Vaccination in Bombay 1856-1862 - 1856-1862
Year: 1856
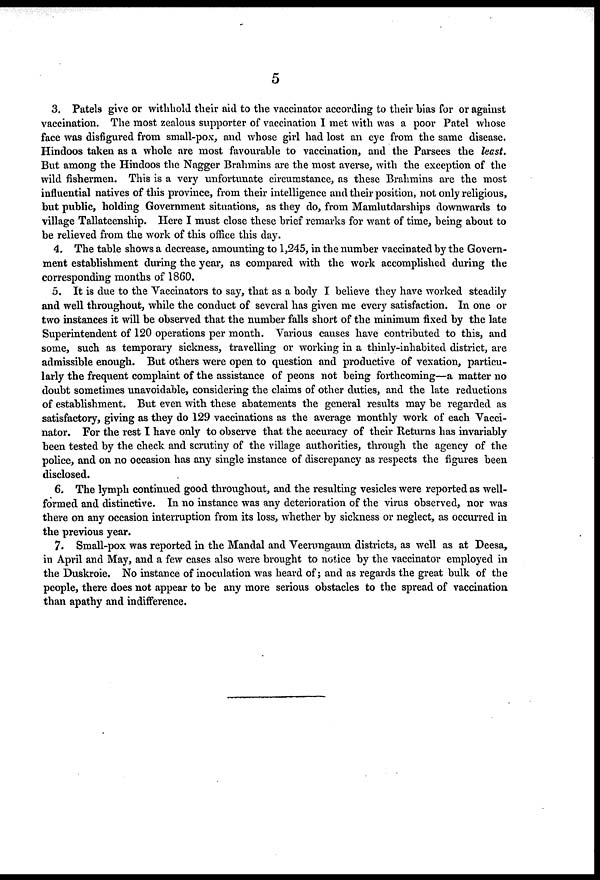
5
3. Patels give or withhold their aid to the vaccinator according to their bias for or against
vaccination. The most zealous supporter of vaccination I met with was a poor Patel whose
face was disfigured from small-pox, and whose girl had lost an eye from the same disease.
Hindoos taken as a whole are most favourable to vaccination, and the Parsees the least.
But among the Hindoos the Nagger Brahmins are the most averse, with the exception of the
wild fishermen. This is a very unfortunate circumstance, as these Brahmins are the most
influential natives of this province, from their intelligence and their position, not only religious,
but public, holding Government situations, as they do, from Mamlutdarships downwards to
village Tallateenship. Here I must close these brief remarks for want of time, being about to
be relieved from the work of this office this day.
4. The table shows a decrease, amounting to 1,245, in the number vaccinated by the Govern-
ment establishment during the year, as compared with the work accomplished during the
corresponding months of 1860.
5. It is due to the Vaccinators to say, that as a body I believe they have worked steadily
and well throughout, while the conduct of several has given me every satisfaction. In one or
two instances it will be observed that the number falls short of the minimum fixed by the late
Superintendent of 120 operations per month. Various causes have contributed to this, and
some, such as temporary sickness, travelling or working in a thinly-inhabited district, are
admissible enough. But others were open to question and productive of vexation, particu-
larly the frequent complaint of the assistance of peons not being forthcoming—a matter no
doubt sometimes unavoidable, considering the claims of other duties, and the late reductions
of establishment. But even with these abatements the general results may be regarded as
satisfactory, giving as they do 129 vaccinations as the average monthly work of each Vacci-
nator. For the rest I have only to observe that the accuracy of their Returns has invariably
been tested by the check and scrutiny of the village authorities, through the agency of the
police, and on no occasion has any single instance of discrepancy as respects the figures been
disclosed.
6. The lymph continued good throughout, and the resulting vesicles were reported as well-
formed and distinctive. In no instance was any deterioration of the virus observed, nor was
there on any occasion interruption from its loss, whether by sickness or neglect, as occurred in
the previous year.
7. Small-pox was reported in the Mandal and Veerungaum districts, as well as at Deesa,
in April and May, and a few cases also were brought to notice by the vaccinator employed in
the Duskroie. No instance of inoculation was heard of; and as regards the great bulk of the
people, there does not appear to be any more serious obstacles to the spread of vaccination
than apathy and indifference.